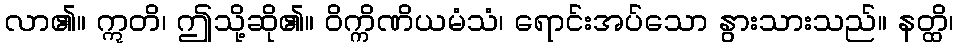
လာ၏။ ဣတိ၊ ဤသို့ဆို၏။ ဝိက္ကိဏိယမံသံ၊ ရောင်းအပ်သော နွားသားသည်။ နတ္ထိ၊